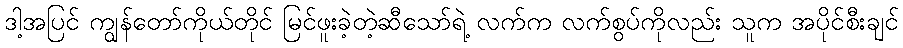
ဒါ့အပြင် ကျွန်တော်ကိုယ်တိုင် မြင်ဖူးခဲ့တဲ့ဆီသော်ရဲ့ လက်က လက်စွပ်ကိုလည်း သူက အပိုင်စီးချင်